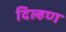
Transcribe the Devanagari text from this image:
दिल्हण